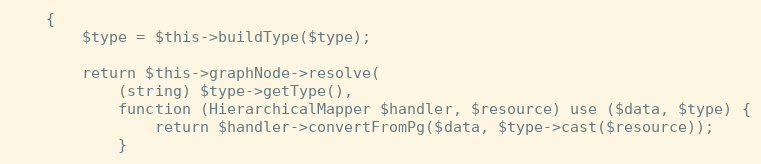
Language: PHP
    {
        $type = $this->buildType($type);

        return $this->graphNode->resolve(
            (string) $type->getType(),
            function (HierarchicalMapper $handler, $resource) use ($data, $type) {
                return $handler->convertFromPg($data, $type->cast($resource));
            }